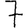
Digit: 7